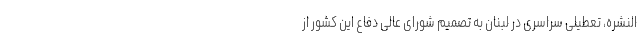
النشره، تعطیلی سراسری در لبنان به تصمیم شورای عالی دفاع این کشور از